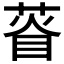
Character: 𦴔